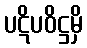
ပဋိပဝိဋ္ဌမှိ